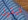
فيقول